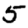
Digit: 5